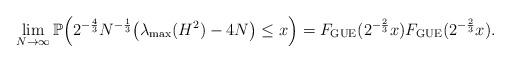
LaTeX: \begin{align*} \lim_{N \to \infty}\mathbb{P}\Big(2^{-\frac{4}{3}}N^{-\frac{1}{3}}\big(\lambda_{\mathrm{max}}(H^2)-4N\big) \leq x\Big)= F_{\mathrm{GUE}}(2^{-\frac{2}{3}}x)F_{\mathrm{GUE}}(2^{-\frac{2}{3}}x). \end{align*}